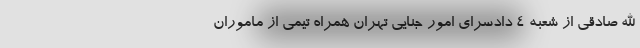
الله صادقی از شعبه 4 دادسرای امور جنایی تهران همراه تیمی از ماموران